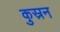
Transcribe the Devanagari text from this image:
कुस्रन